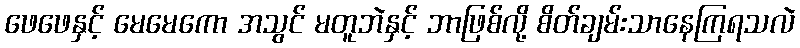
ဖေဖေနှင့် မေမေကော အသွင် မတူဘဲနှင့် ဘာဖြစ်လို့ စိတ်ချမ်းသာနေကြရသလဲ